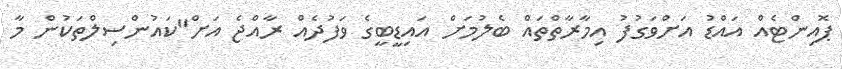
ޕޮއިންޓެއް އައްޑު އަށްވަގުފު އިމާރާތްތައް ބެލުމަށް އައިޑީބީގެ ވަފުދެއް ރާއްޖެ އަށް"ކައުންސިލްތަކުން މާ